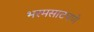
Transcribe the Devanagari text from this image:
भरमसाटपणे